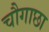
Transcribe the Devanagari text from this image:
चौगाछा